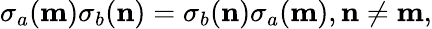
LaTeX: \sigma_{a}({\mathbf m})\sigma_{b}({\mathbf n})=\sigma_{b}({\mathbf n})\sigma_{a}({\mathbf m}),{\mathbf n}\neq{\mathbf m},